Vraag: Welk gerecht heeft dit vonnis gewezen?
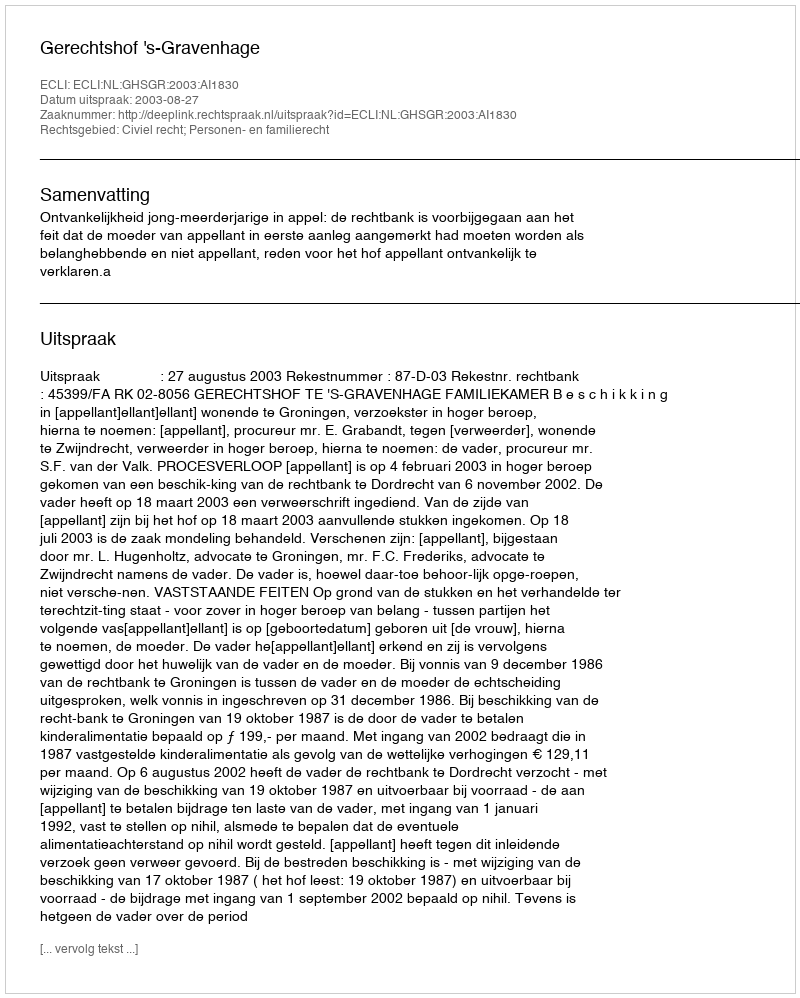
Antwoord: Gerechtshof 's-Gravenhage